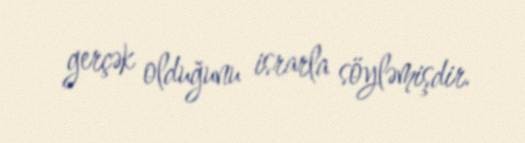
gerçək olduğunu israrla söyləmişdir.